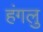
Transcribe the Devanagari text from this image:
हंगलु